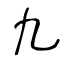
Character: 九